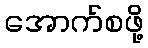
အောက်စဖို့